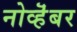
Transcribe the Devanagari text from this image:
नोव्हॆंबर